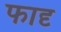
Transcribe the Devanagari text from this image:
फादृ